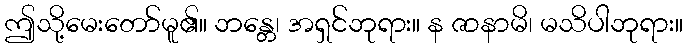
ဤသို့မေးတော်မူ၏။ ဘန္တေ၊ အရှင်ဘုရား။ န ဇာနာမိ၊ မသိပါဘုရား။